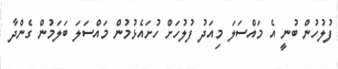
ފުލުހުން ބުނީ އެ މައްސަލަ މިއަދު ފުލުހަށް ހުށައެޅުމުން މައްސަލަ ބަލަމުން ގެންދާ